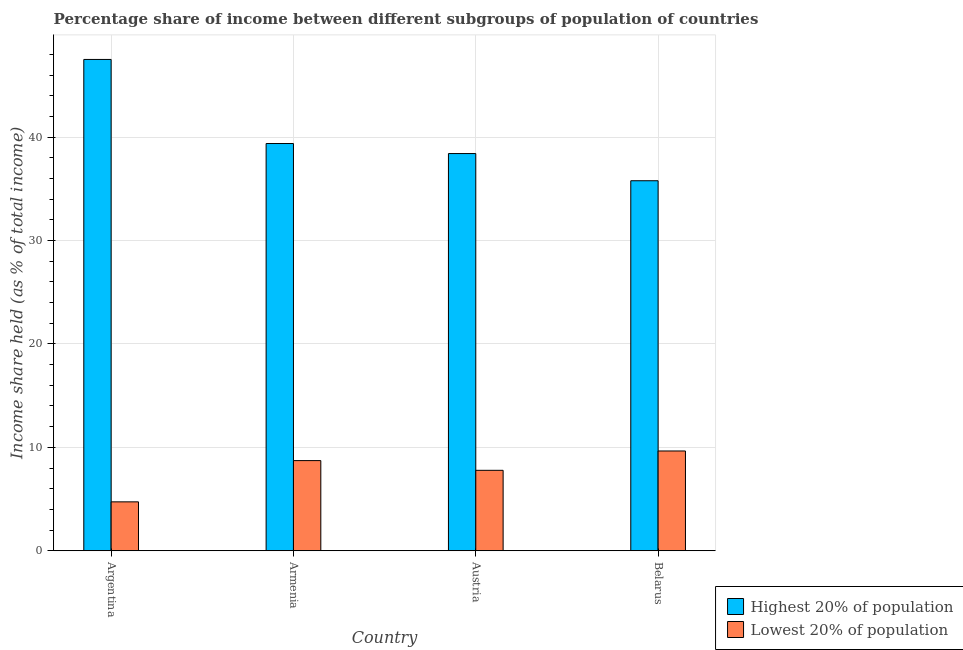
| Country | Highest 20% of population | Lowest 20% of population |
 | --- | --- | --- |
 | Argentina | 47.5 | 4.73 |
 | Armenia | 39.4 | 8.72 |
 | Austria | 38.4 | 7.78 |
 | Belarus | 35.8 | 9.65 |